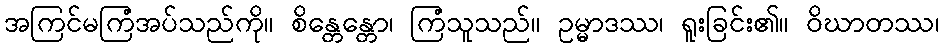
အကြင်မကြံအပ်သည်ကို။ စိန္တေန္တော၊ ကြံသူသည်။ ဥမ္မာဒဿ၊ ရူးခြင်း၏။ ဝိဃာတဿ၊